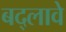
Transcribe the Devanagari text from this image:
बद्लावे